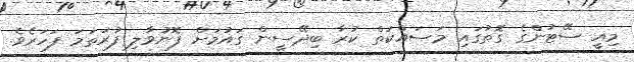
މިއީ ސޭޓުންގެ ގޮތުގައި މަސައްކަތް ކުރާ ބިދޭސީން ގައުމަށް ފޮނުވާލި ފުރަތަމަ ފަހަރެވެ.